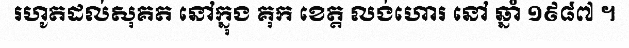
រហូតដល់សុគត នៅក្នុង គុក ខេត្ត លង់ហោរ នៅ ឆ្នាំ ១៩៨៧ ។